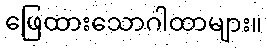
ဖြေထားသောဂါထာများ။